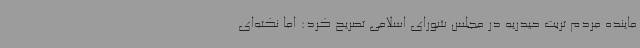
ماینده مردم تربت حیدریه در مجلس شورای اسلامی تصریح کرد: اما نکته‌ای